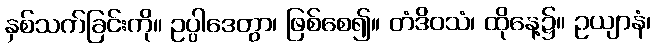
နှစ်သက်ခြင်းကို။ ဥပ္ပါဒေတွာ၊ ဖြစ်စေ၍။ တံဒိဝသံ၊ ထိုနေ့၌။ ဥယျာနံ၊